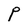
Character: P